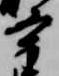
宰